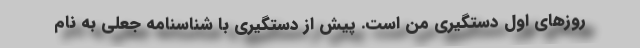
روز‌های اول دستگیری من است. پیش از دستگیری با شناسنامه جعلی به نام